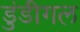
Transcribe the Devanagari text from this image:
डुंडीगल